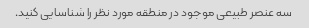
سه عنصر طبیعی موجود در منطقه مورد نظر را شناسایی کنید.